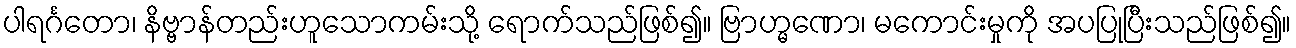
ပါရင်္ဂတော၊ နိဗ္ဗာန်တည်းဟူသောကမ်းသို့ ရောက်သည်ဖြစ်၍။ ဗြာဟ္မဏော၊ မကောင်းမှုကို အပပြုပြီးသည်ဖြစ်၍။